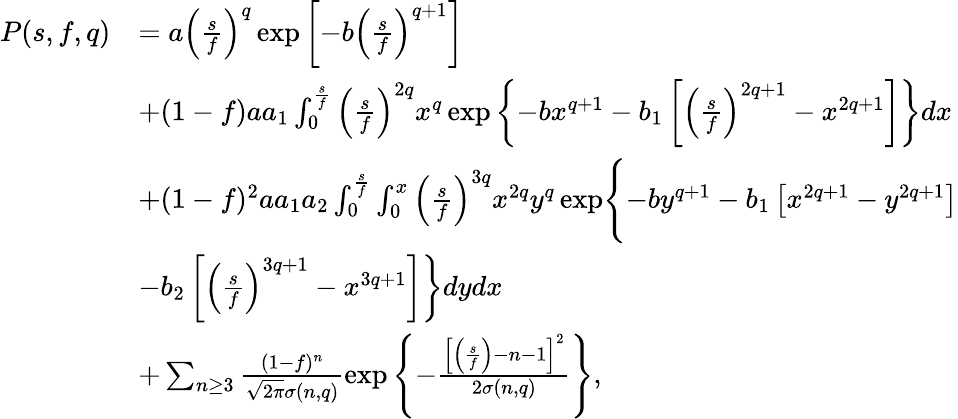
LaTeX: \begin{array}{rl}{P(s,f,q)}&{=a\left(\frac{s}{f}\right)^{q}\exp\left[-b\left(\frac{s}{f}\right)^{q+1}\right]}\\ &{+(1-f)aa_{1}\int_{0}^{\frac{s}{f}}\left(\frac{s}{f}\right)^{2q}x^{q}\exp\left\{ -bx^{q+1}-b_{1}\left[\left(\frac{s}{f}\right)^{2q+1}-x^{2q+1}\right]\right\} dx}\\ &{+(1-f)^{2}aa_{1}a_{2}\int_{0}^{\frac{s}{f}}\int_{0}^{x}\left(\frac{s}{f}\right)^{3q}x^{2q}y^{q}\exp\Biggl\{ -by^{q+1}-b_{1}\left[x^{2q+1}-y^{2q+1}\right]\Biggr.}\\ &{\left.-b_{2}\left[\left(\frac{s}{f}\right)^{3q+1}-x^{3q+1}\right]\right\} dydx}\\ &{+\sum_{n\geq 3}\frac{(1-f)^{n}}{\sqrt{2\pi}\sigma(n,q)}\exp\left\{ -\frac{\left[\left(\frac{s}{f}\right)-n-1\right]^{2}}{2\sigma(n,q)}\right\} ,}\end{array}